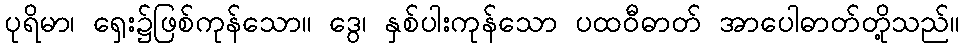
ပုရိမာ၊ ရှေး၌ဖြစ်ကုန်သော။ ဒွေ၊ နှစ်ပါးကုန်သော ပထဝီဓာတ် အာပေါဓာတ်တို့သည်။